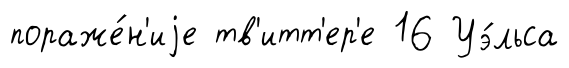
пораже́н'иjе тв'итт'ер'е 16 Уэ́льса